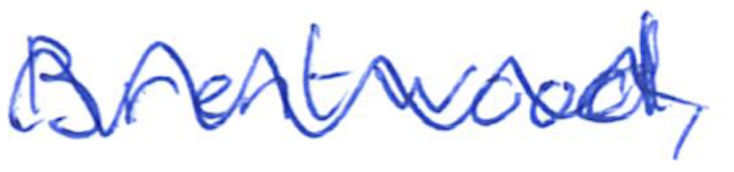
Text: Brentwood,
Cross-out: mix
Writing tool: ballpoint